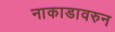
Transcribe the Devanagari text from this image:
नाकाडावरुन